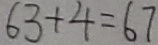
6 3 + 4 = 6 7